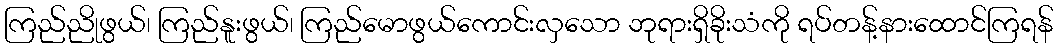
ကြည်ညိုဖွယ်၊ ကြည်နူးဖွယ်၊ ကြည်မောဖွယ်ကောင်းလှသော ဘုရားရှိခိုးသံကို ရပ်တန့်နားထောင်ကြရန်